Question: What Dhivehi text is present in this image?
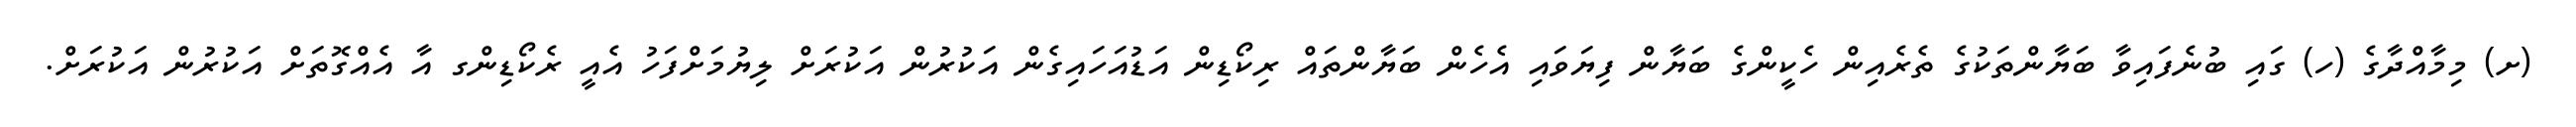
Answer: (ށ) މިމާއްދާގެ (ހ) ގައި ބުނެފައިވާ ބަޔާންތަކުގެ ތެރެއިން ހެކީންގެ ބަޔާން ފިޔަވައި އެހެން ބަޔާންތައް ރިކޯޑިން އަޑުއަހައިގެން އަކުރުން އަކުރަށް ލިޔުމަށްފަހު އެއީ ރެކޯޑިންގ އާ އެއްގޮތަށް އަކުރުން އަކުރަށް.